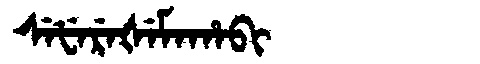
Manchu: ᠰᡝᡶᡝᡵᡝᡧᡝᠮᠠᡥᠠᠪᡳ
Romanization: SEFEREŠEMAHABI